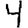
Digit: 4